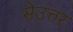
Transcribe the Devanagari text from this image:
सेउत्तर